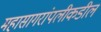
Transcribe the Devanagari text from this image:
महासागरांपलीकडील